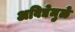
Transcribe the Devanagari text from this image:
अविद्येमुळे